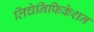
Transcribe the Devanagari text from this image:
लिचेनिफिकेशन